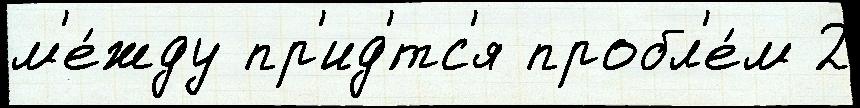
м'е́жду пр'ид'́тс'я пробл'е́м 2